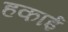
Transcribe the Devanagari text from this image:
हकाई